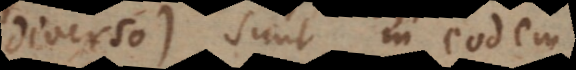
diverso), sunt in eodem